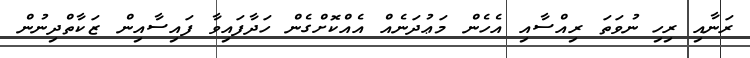
ރަނާއި ރިހި ނުވަތަ ރިއްސާއި އެހެން މަޢުދަނެއް އެއްކޮށްގެން ހަދާފައިވާ ފައިސާއިން ޒަކާތްދިނުން